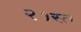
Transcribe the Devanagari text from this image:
२१स्त